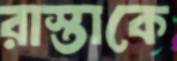
রাস্তাকে